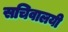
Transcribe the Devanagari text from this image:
सचिवालयी